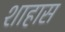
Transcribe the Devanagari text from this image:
शाहास